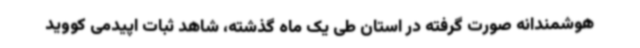
هوشمندانه صورت گرفته در استان طی یک ماه گذشته، شاهد ثبات اپیدمی کووید